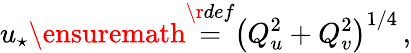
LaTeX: u_{\star}\ensuremath{\stackrel{\r{def}}{=}}\left(Q_{u}^{2}+Q_{v}^{2}\right)^{1/4}\, ,